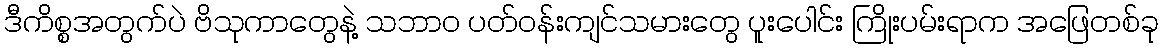
ဒီကိစ္စအတွက်ပဲ ဗိသုကာတွေနဲ့ သဘာဝ ပတ်ဝန်းကျင်သမားတွေ ပူးပေါင်း ကြိုးပမ်းရာက အဖြေတစ်ခု